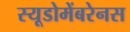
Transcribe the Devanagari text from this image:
स्यूडोमेंबरेनस